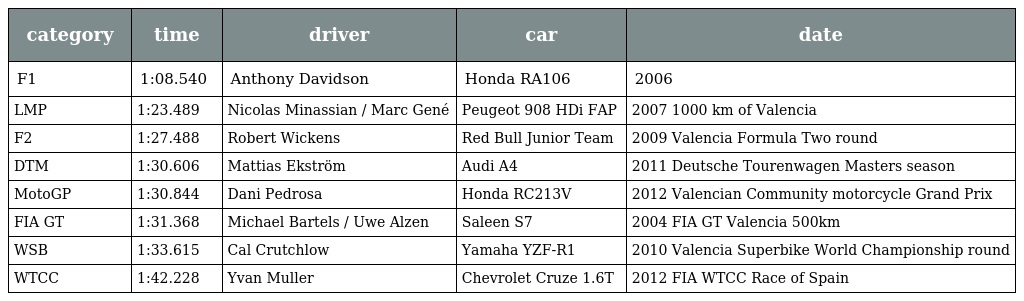
| category | time | driver | car | date |
 | --- | --- | --- | --- | --- |
 | F1 | 1:08.540 | Anthony Davidson | Honda RA106 | 2006 |
 | LMP | 1:23.489 | Nicolas Minassian / Marc Gené | Peugeot 908 HDi FAP | 2007 1000 km of Valencia |
 | F2 | 1:27.488 | Robert Wickens | Red Bull Junior Team | 2009 Valencia Formula Two round |
 | DTM | 1:30.606 | Mattias Ekström | Audi A4 | 2011 Deutsche Tourenwagen Masters season |
 | MotoGP | 1:30.844 | Dani Pedrosa | Honda RC213V | 2012 Valencian Community motorcycle Grand Prix |
 | FIA GT | 1:31.368 | Michael Bartels / Uwe Alzen | Saleen S7 | 2004 FIA GT Valencia 500km |
 | WSB | 1:33.615 | Cal Crutchlow | Yamaha YZF-R1 | 2010 Valencia Superbike World Championship round |
 | WTCC | 1:42.228 | Yvan Muller | Chevrolet Cruze 1.6T | 2012 FIA WTCC Race of Spain |